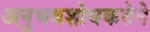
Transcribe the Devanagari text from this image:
अनुभवशोधकतेने